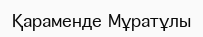
Қараменде Мұратұлы